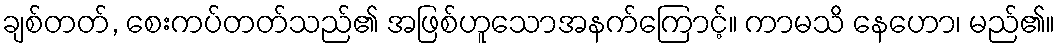
ချစ်တတ်, စေးကပ်တတ်သည်၏ အဖြစ်ဟူသောအနက်ကြောင့်။ ကာမသိ နေဟော၊ မည်၏။